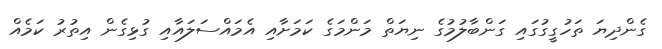
ގެންދިޔަ ތަހުގީގުގައި ގަންބާލުމުގެ ނިޔަތް މަންމަގެ ކަމަށާއި އެމައްސަލައާއި ގުޅިގެން އިތުރު ކަމެއް